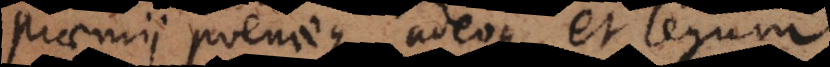
praemii poenaeque adeoque et legum